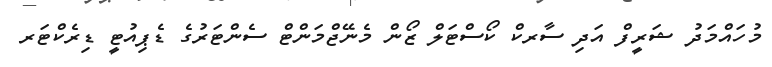
މުހައްމަދު ޝަރީފް އަދި ސާރކް ކޯސްޓަލް ޒޯން މެނޭޖްމަންޓް ސެންޓަރުގެ ޑެޕިއުޓީ ޑިރެކްޓަރ